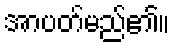
အာပတ်မည်၏။